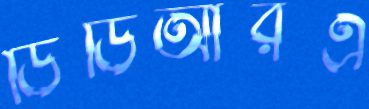
ডিডিআরএ